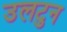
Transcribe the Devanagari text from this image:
उलटुन